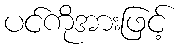
ပင်ကိုအားဖြင့်